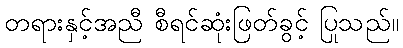
တရားနှင့်အညီ စီရင်ဆုံးဖြတ်ခွင့် ပြုသည်။